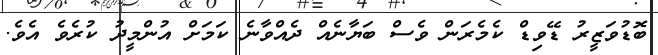
ބޮޑުވަޒީރު ޑޭވިޑް ކެމެރަން ވެސް ބަޔާނެއް ދެއްވާނެ ކަމަށް އުންމީދު ކުރެވެ އެވެ.